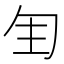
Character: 𠣕